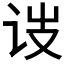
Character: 𬣥